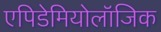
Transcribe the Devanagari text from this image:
एपिडेमियोलॉजिक